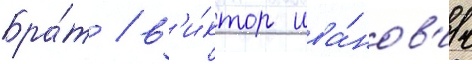
Бра́т / в'и́ктор ива́нов'ич